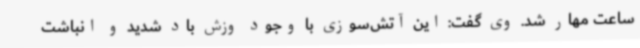
ساعت مهار شد. وی گفت: این آتش‌سوزی با وجود وزش باد شدید و انباشت